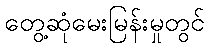
တွေ့ဆုံမေးမြန်းမှုတွင်